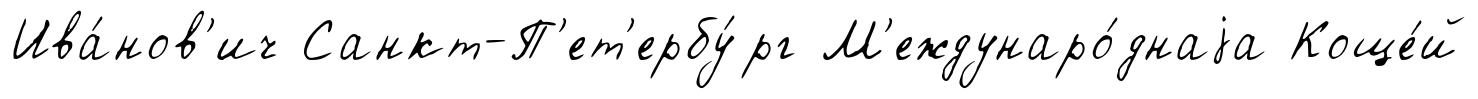
Ива́нов'ич Санкт-П'ет'ербу́рг М'еждунаро́днаjа Коще́й